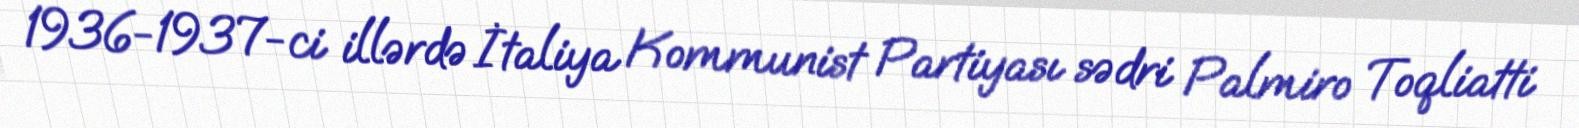
1936-1937-ci illərdə İtaliya Kommunist Partiyası sədri Palmiro Toqliatti